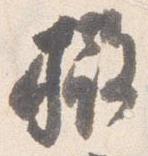
撤